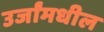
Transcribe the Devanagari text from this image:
उर्जांमधील